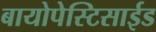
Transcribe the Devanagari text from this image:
बायोपेस्टिसाईड